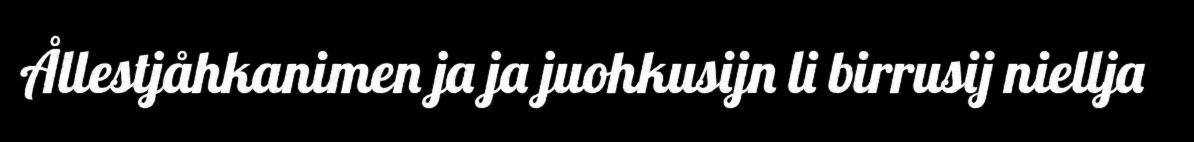
Ållestjåhkanimen ja ja juohkusijn li birrusij niellja